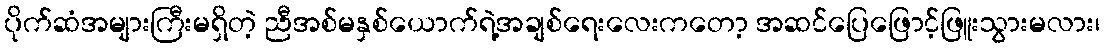
ပိုက်ဆံအများကြီးမရှိတဲ့ ညီအစ်မနှစ်ယောက်ရဲ့အချစ်ရေးလေးကတော့ အဆင်ပြေဖြောင့်ဖြူးသွားမလား၊